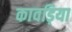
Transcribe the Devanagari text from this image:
कावड़िया